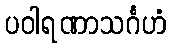
ပဝါရဏာသင်္ဂဟံ